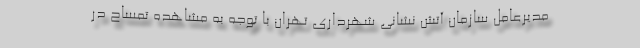
مدیرعامل سازمان آتش نشانی شهرداری تهران با توجه به مشاهده تمساح در